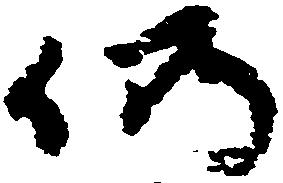
仍